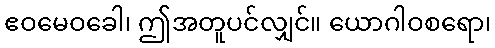
ဧဝမေဝခေါ၊ ဤအတူပင်လျှင်။ ယောဂါဝစရော၊